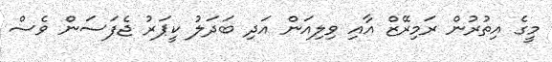
މީގެ އިތުރުން ރަމިރޭޒް އާއި ވިލިއަން އަދި ބަދަލު ކީޕަރު ޖެފަސަން ވެސް